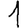
Digit: 1